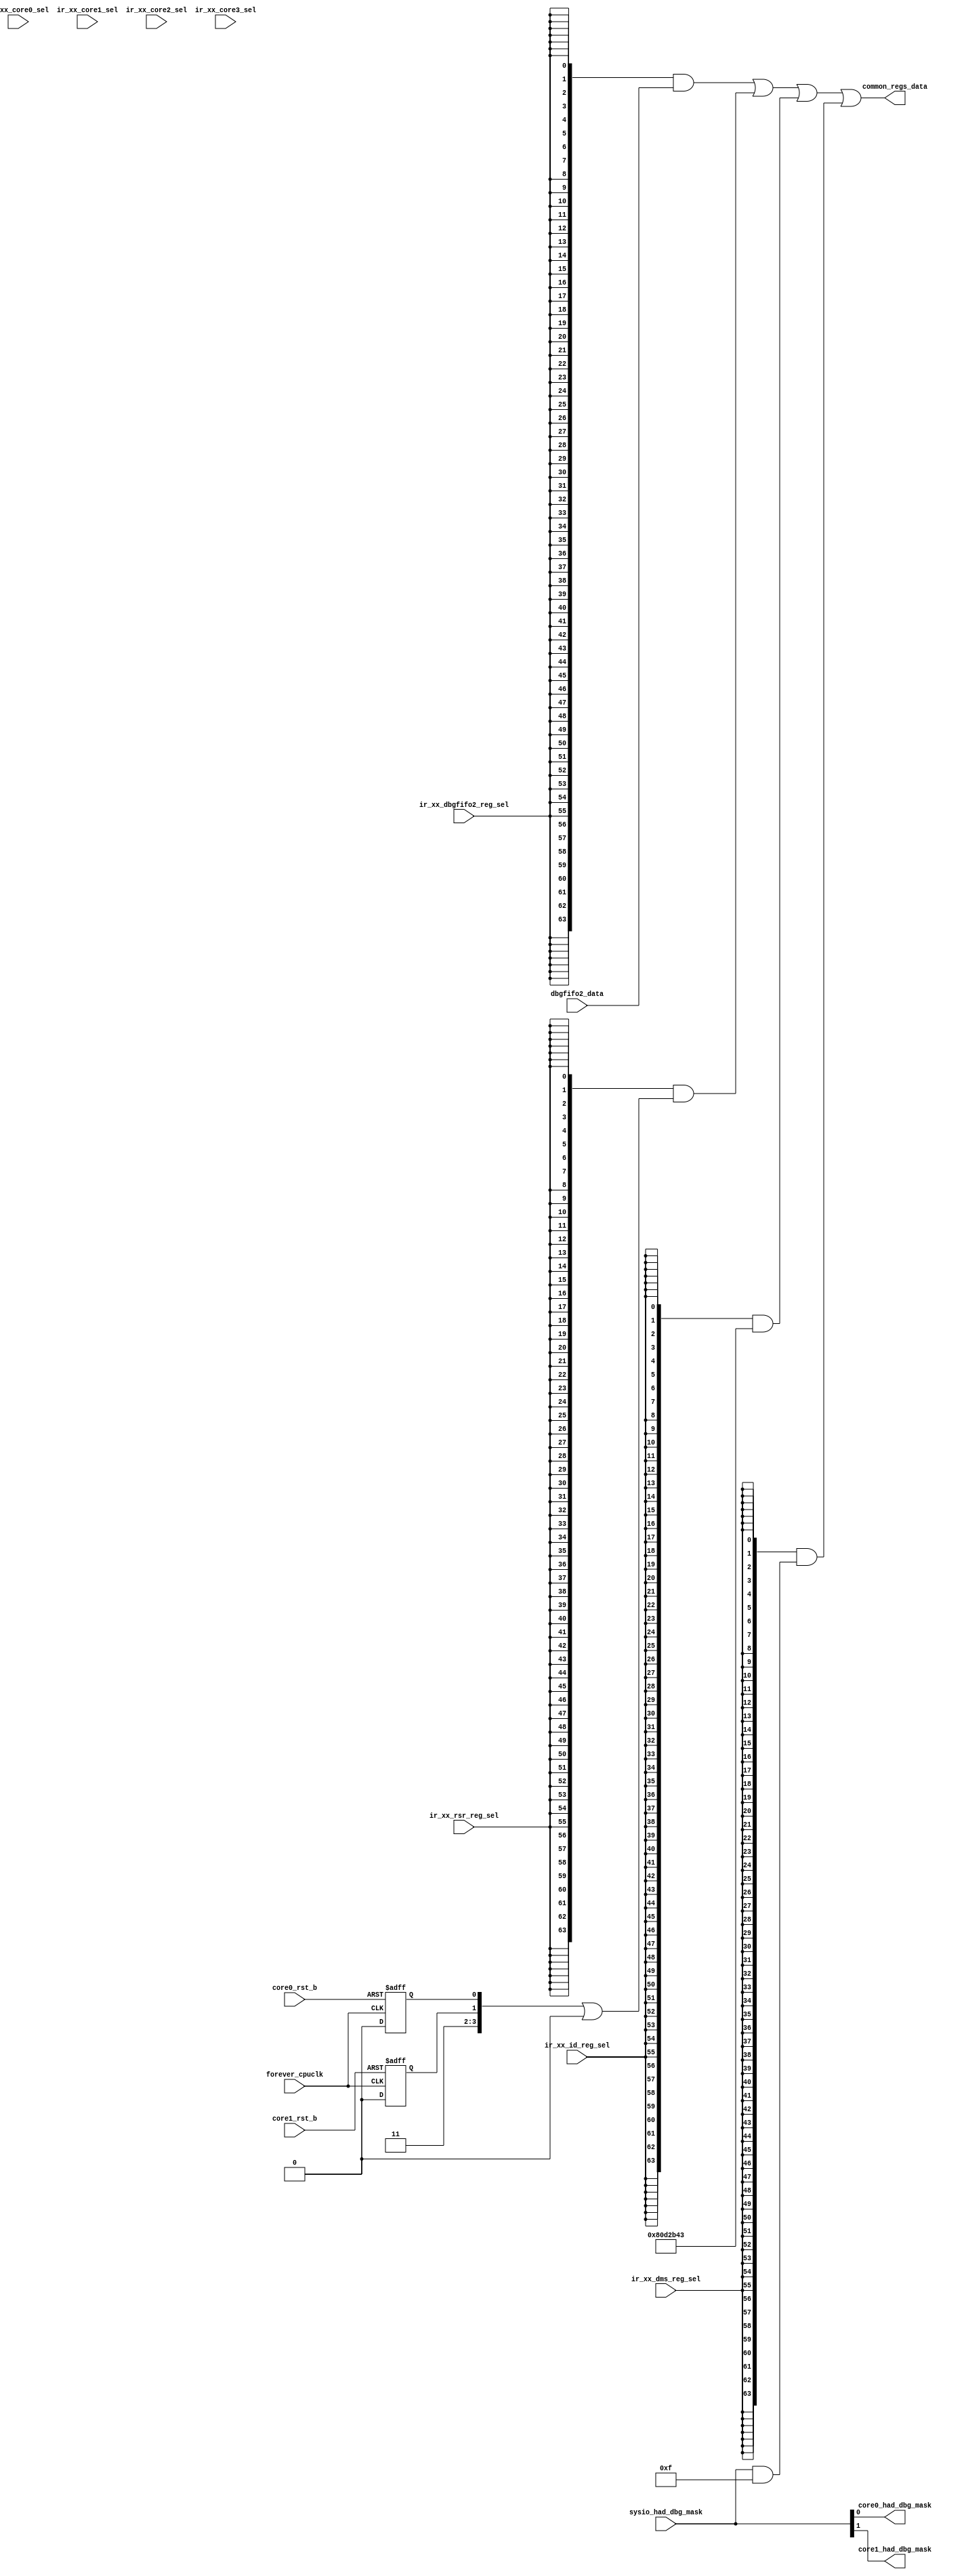
/*Copyright 2019-2021 T-Head Semiconductor Co., Ltd.

Licensed under the Apache License, Version 2.0 (the "License");
you may not use this file except in compliance with the License.
You may obtain a copy of the License at

    http://www.apache.org/licenses/LICENSE-2.0

Unless required by applicable law or agreed to in writing, software
distributed under the License is distributed on an "AS IS" BASIS,
WITHOUT WARRANTIES OR CONDITIONS OF ANY KIND, either express or implied.
See the License for the specific language governing permissions and
limitations under the License.
*/

// &ModuleBeg; @23
module ct_had_common_regs(
  common_regs_data,
  core0_had_dbg_mask,
  core0_rst_b,
  core1_had_dbg_mask,
  core1_rst_b,
  dbgfifo2_data,
  forever_cpuclk,
  ir_xx_core0_sel,
  ir_xx_core1_sel,
  ir_xx_core2_sel,
  ir_xx_core3_sel,
  ir_xx_dbgfifo2_reg_sel,
  ir_xx_dms_reg_sel,
  ir_xx_id_reg_sel,
  ir_xx_rsr_reg_sel,
  sysio_had_dbg_mask
);


// &Ports; @25
input           core0_rst_b;           
input           core1_rst_b;           
input   [63:0]  dbgfifo2_data;         
input           forever_cpuclk;        
input           ir_xx_core0_sel;       
input           ir_xx_core1_sel;       
input           ir_xx_core2_sel;       
input           ir_xx_core3_sel;       
input           ir_xx_dbgfifo2_reg_sel; 
input           ir_xx_dms_reg_sel;     
input           ir_xx_id_reg_sel;      
input           ir_xx_rsr_reg_sel;     
input   [3 :0]  sysio_had_dbg_mask;    
output  [63:0]  common_regs_data;      
output          core0_had_dbg_mask;    
output          core1_had_dbg_mask;    

// &Regs; @26
reg             core_rst0;             
reg             core_rst1;             

// &Wires; @27
wire    [63:0]  common_regs_data;      
wire            core0_had_dbg_mask;    
wire            core0_rst_b;           
wire            core1_had_dbg_mask;    
wire            core1_rst_b;           
wire    [3 :0]  core_rst;              
wire            core_rst2;             
wire            core_rst3;             
wire    [63:0]  dbgfifo2_data;         
wire    [31:0]  dms_data;              
wire            forever_cpuclk;        
wire    [31:0]  id_reg;                
wire            ir_xx_dbgfifo2_reg_sel; 
wire            ir_xx_dms_reg_sel;     
wire            ir_xx_id_reg_sel;      
wire            ir_xx_rsr_reg_sel;     
wire    [31:0]  rsr_data;              
wire    [3 :0]  sysio_had_dbg_mask;    
wire    [3 :0]  tee_mask;              


parameter DATAW = 64;

//==========================================================
//                           RSR
//==========================================================
always @ (posedge forever_cpuclk or negedge core0_rst_b)
begin
  if (!core0_rst_b)
    core_rst0 <= 1'b1;
  else
    core_rst0 <= 1'b0;
end

always @ (posedge forever_cpuclk or negedge core1_rst_b)
begin
  if (!core1_rst_b)
    core_rst1 <= 1'b1;
  else
    core_rst1 <= 1'b0;
end

assign core_rst2 = 1'b1;

assign core_rst3 = 1'b1;

assign core_rst[3:0] = {core_rst3, core_rst2, core_rst1, core_rst0};

assign tee_mask[3:0] = 4'b0;
// &Force("input", "ir_xx_core0_sel"); @97
// &Force("input", "ir_xx_core1_sel"); @98
// &Force("input", "ir_xx_core2_sel"); @99
// &Force("input", "ir_xx_core3_sel"); @100

assign rsr_data[31:0] = {28'b0, core_rst[3:0] | tee_mask[3:0]};

//==========================================================
//                          HAD ID
//==========================================================
// +-------+-----+---------+----+----+-------+------+-----+-----+
// | 31:28 |27:26|  25:18  | 17 | 16 | 15:12 | 11:8 | 7:4 | 3:0 |
// +-------+-----+---------+----+----+-------+------+-----+-----+
//     |      |              |    |      |       |    |     |
//     |      |              |    |      |       |    |     +--- ID_VERSION
//     |      |              |    |      |       |    +--------- HAD_VERSION
//     |      |              |    |      |       +-------------- HAD_REVISION
//     |      |              |    |      +---------------------- BKPT_NUM
//     |      |              |    +----------------------------- DDC
//     |      |              +---------------------------------- BANK1
//     |      +--------------------------------------- CPU Inst. Arch
//     +---------------------------------------------- JTAG InterfaceType

assign id_reg[31:28] = 4'b0;
assign id_reg[27:26] = 2'b10;  //CSKY V3
assign id_reg[25:20] = 6'd0;   // -
assign id_reg[19]    = 1'b1;  //have rsr.
assign id_reg[18]    = 1'b1;  //hacr_reg is 16 bits
assign id_reg[17]    = 1'b0;  // BANK1
assign id_reg[16]    = 1'b1;  // DDC
assign id_reg[15:12] = 4'd2;  // BKPT_NUM

//-----------------------------------------
// initial reversion
// assign id_reg[11:8]  = 4'b0000;
//-----------------------------------------
// memeory breakpoint logic modify
// current instruction doesnot executing
// but goto debug mode if current maca is 0
// assign id_reg[11:8]  = 4'b0001;
//-----------------------------------------
// add HCR[ASR] and cpu dead reason in HSR
//assign id_reg[11:8]  = 4'b0010;

// version 2.3
// 1. add DCC handshake
// 2. add TEE support
assign id_reg[11:8]  = 4'b1011;

// HAD_VER as ISA version,0000:6xx, 0001:810p, 0010: 8xx, 0011:902, 0100: 960
assign id_reg[7:4]   = 4'b0100; 

assign id_reg[3:0]   = 4'b0011;

//==========================================================
//                           DMS
//==========================================================
assign dms_data[31:0] = {28'b0, sysio_had_dbg_mask[3:0] & ~tee_mask[3:0]};

assign core0_had_dbg_mask = sysio_had_dbg_mask[0];
assign core1_had_dbg_mask = sysio_had_dbg_mask[1];

//==========================================================
//                           MUX
//==========================================================
assign common_regs_data[DATAW-1:0] =
            {DATAW{ir_xx_dbgfifo2_reg_sel}} & dbgfifo2_data[63:0]
          | {DATAW{ir_xx_rsr_reg_sel}}      & {{DATAW-32{1'b0}},rsr_data[31:0]}
          | {DATAW{ir_xx_id_reg_sel}}       & {{DATAW-32{1'b0}},id_reg[31:0]}
          | {DATAW{ir_xx_dms_reg_sel}}      & {{DATAW-32{1'b0}},dms_data[31:0]};

// &ModuleEnd; @177
endmodule